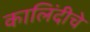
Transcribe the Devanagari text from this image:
कालिंदीचे